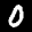
Label: 0